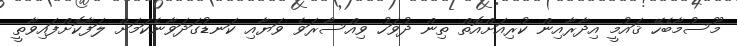
މޫސުމާބެހޭ ޤައުމީ އިދާރާއިން ކުރިއަށްއޮތް ތިން ދުވަހު ވިއްސާރަވެ ވަޔާއި ކަނޑުގަދަވާނެކަމަށް ލަފާކޮށްފައިވާތީ